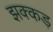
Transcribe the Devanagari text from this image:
झक्कड़